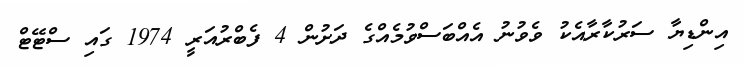
އިންޑިޔާ ސަރުކާރާއެކު ވެވުނު އެއްބަސްވުމެއްގެ ދަށުން 4 ފެބްރުއަރީ 1974 ގައި ސްޓޭޓް